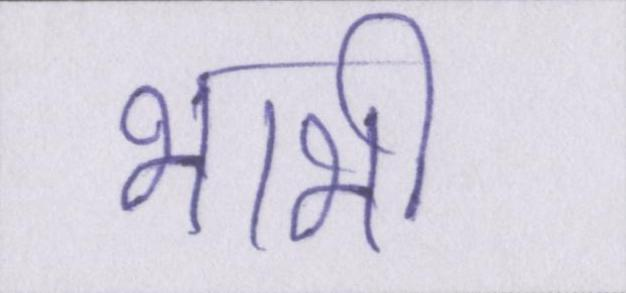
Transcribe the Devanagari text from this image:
भाभी